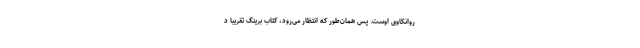
روانکاوی اوست. پس همان‌طور که انتظار می‌رود، کتاب برینگ تقریباً د